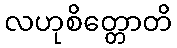
လဟုစိတ္တောတိ